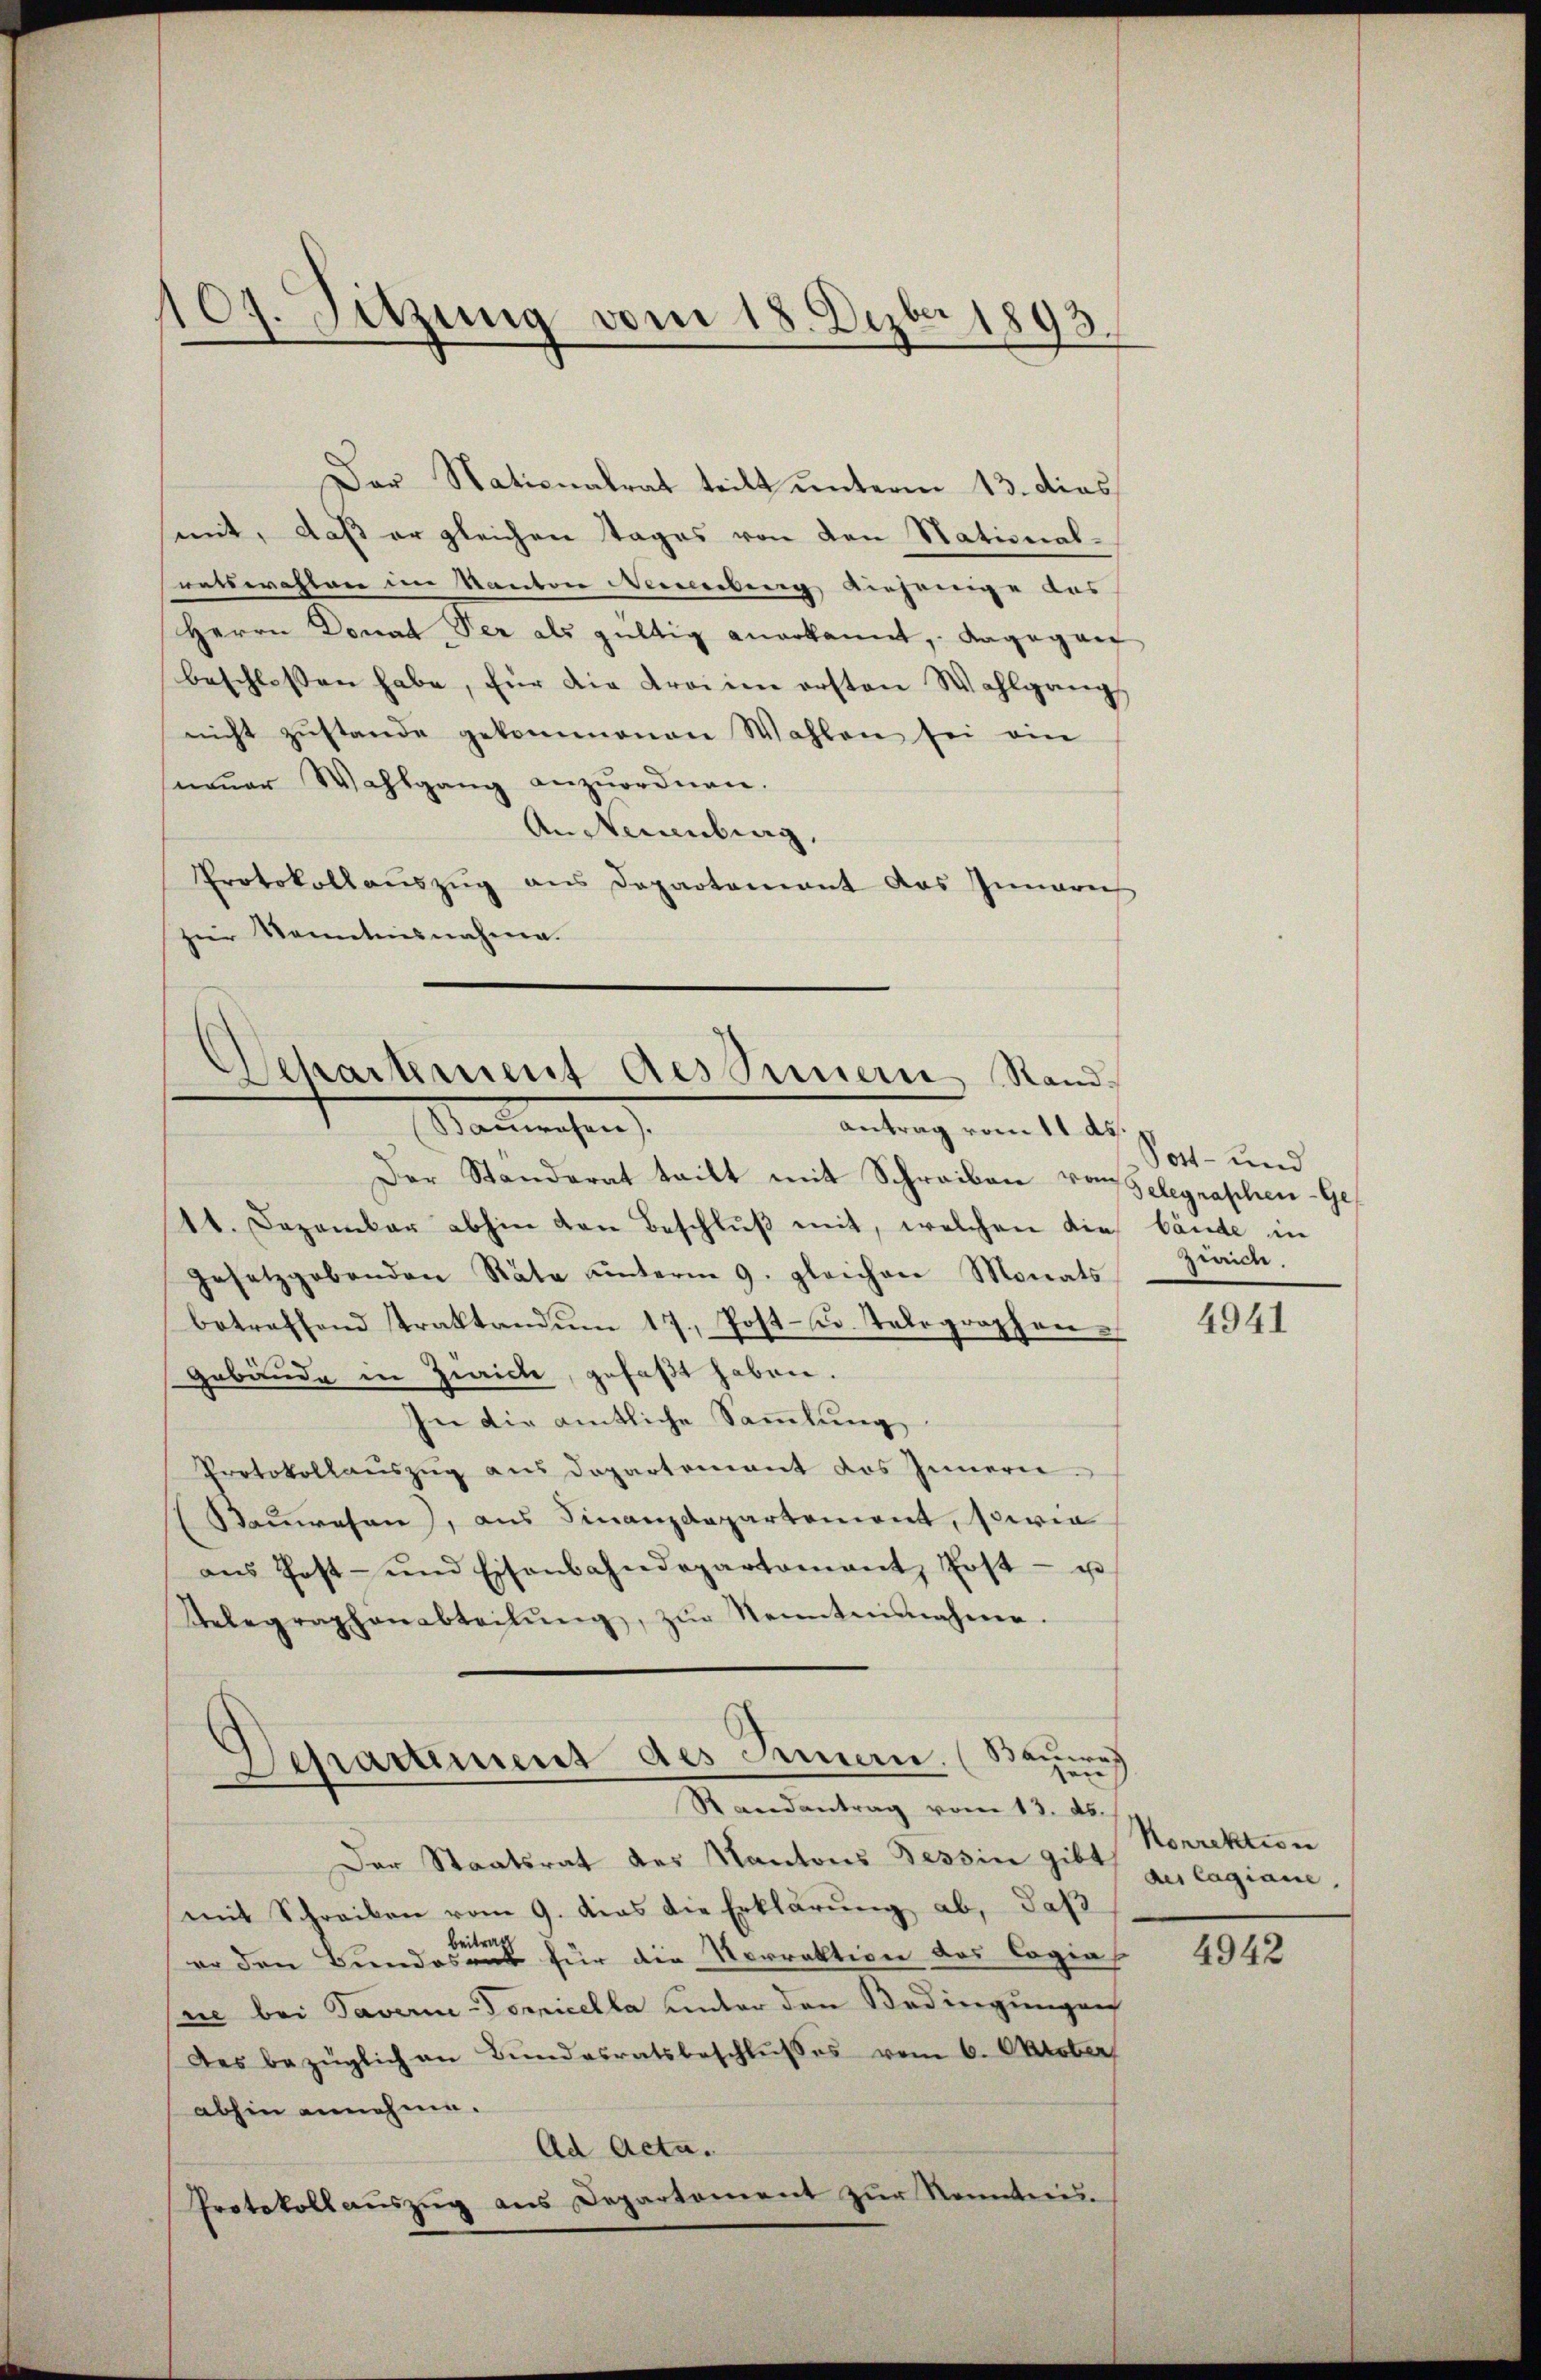
107. Sitzung vom 18. Dezbr 1893.

Der Nationalrat teilt unterm 13. dies
mit, daß er gleichen Tages von den National-
ratswahlen im Kanton Menebung diejenige des
Herrn Donat der als gültig anerkannt, dagegen
beschlossen habe, für die Krain ersten Wahlgang,
nicht zŭstande gekommenen Wahlen sei ein
neŭer Wahlgang anzŭordnen.
Andtenburg,
Protokollaŭszŭg ans Departement das Innern
zur Kenntnisnahme.

Separtement des Innern, Sand¬
Madwesen
antrag vom 11 des

Der Ständerat teilt mit Schreiben von Gelegraphen-Ge¬
1t. Dezember abhin den Beschluß mit, welchen die bände in
gesetzgebenden Räte unterm 9. gleichen Monats
betreffend straktandŭm 17. Post- u. Telegraphen¬
Gebäude in Zwicke, gefaßt haben.
In die amtliche Sammlung
Protokollauszug aus Dopartement des Innern.
Sauwesen), aus Finanzdepartement, sowie
ans Post- und Eisenbahndepartamant Erst- u
Gelegraphenabteilŭng, zŭr Kenntnisnahme.
Departement des Innern. (Sauer

au
Randantrag vom 13. ds.

Der Staatsrat des Kantons Tessin gibt zu lagiane
mit Schreiben vom 9. das die Erklärung ab, daß
er den Bundes einen für die Vorrektion des Cogias
ne bei Taverin Domicella unter den Bedingungen
Des bezüglich an Bundesratsbeschlußes vom 6. Oktober
abhin annehme.
Ad Acta.
Protokoll aŭszŭg ans Departement zŭr Kenntnis.

Pott- und
Zürich.

4941

Korrektion

4942